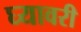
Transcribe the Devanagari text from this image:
घ्यावरी